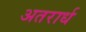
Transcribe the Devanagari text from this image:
अतरार्ध